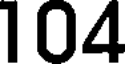
104